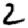
Digit: 2